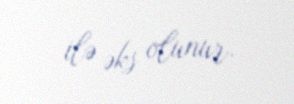
ilə əks olunur.